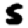
Digit: 5